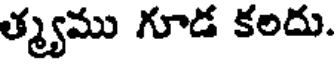
త్మ్యము గూడ కలదు.